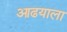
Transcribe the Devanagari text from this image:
आढयाला